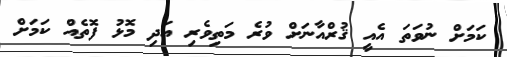
ކަމަށް ނުވަތަ އެއީ ޤުރްއާނަށް ވުރެ މަތިވެރި އަދި މޮޅު ފޮތެއް ކަމަށް